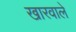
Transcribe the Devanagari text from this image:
खारवाले